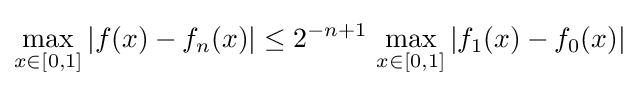
\max _{x\in [0,1]}|f(x)-f_{n}(x)|\leq 2^{-n+1}\,\max _{x\in [0,1]}|f_{1}(x)-f_{0}(x)|